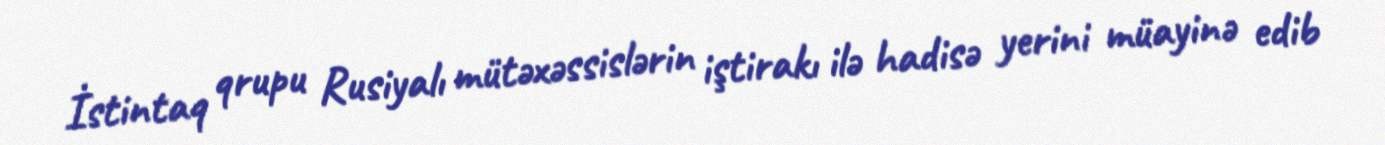
İstintaq qrupu Rusiyalı mütəxəssislərin iştirakı ilə hadisə yerini müayinə edib